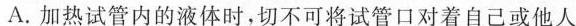
A. 加热试管内的液体时，切不可将试管口对着自己或他人